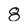
Character: 8